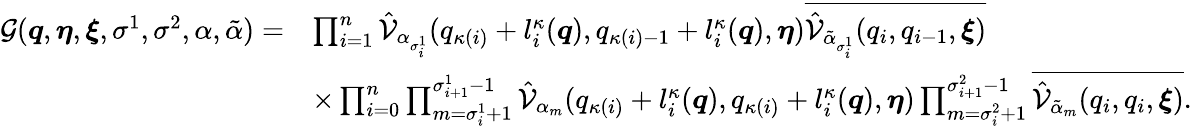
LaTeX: \begin{array}{rl}{\mathcal{G}(\boldsymbol{q},\boldsymbol{\eta},\boldsymbol{\xi},\sigma^{1},\sigma^{2},\alpha,\tilde{\alpha})=}&{\prod_{i=1}^{n}\hat{\mathcal{V}}_{\alpha_{\sigma_{i}^{1}}}(q_{\kappa(i)}+l_{i}^{\kappa}(\boldsymbol{q}),q_{\kappa(i)-1}+l_{i}^{\kappa}(\boldsymbol{q}),\boldsymbol{\eta})\overline{{\hat{\mathcal{V}}_{\tilde{\alpha}_{\sigma_{i}^{1}}}(q_{i},q_{i-1},\boldsymbol{\xi})}}}\\ &{\times\prod_{i=0}^{n}\prod_{m=\sigma_{i}^{1}+1}^{\sigma_{i+1}^{1}-1}\hat{\mathcal{V}}_{\alpha_{m}}(q_{\kappa(i)}+l_{i}^{\kappa}(\boldsymbol{q}),q_{\kappa(i)}+l_{i}^{\kappa}(\boldsymbol{q}),\boldsymbol{\eta})\prod_{m=\sigma_{i}^{2}+1}^{\sigma_{i+1}^{2}-1}\overline{{\hat{\mathcal{V}}_{\tilde{\alpha}_{m}}(q_{i},q_{i},\boldsymbol{\xi})}}.}\end{array}